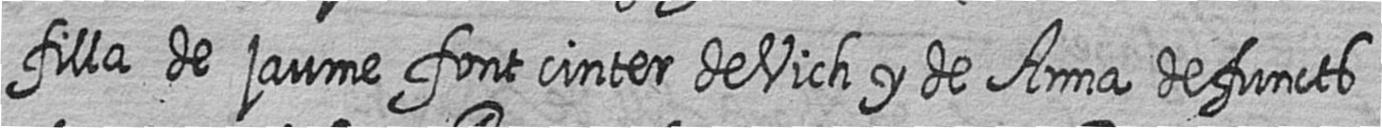
filla de jaume font cinter de Vich y de Anna defuncts